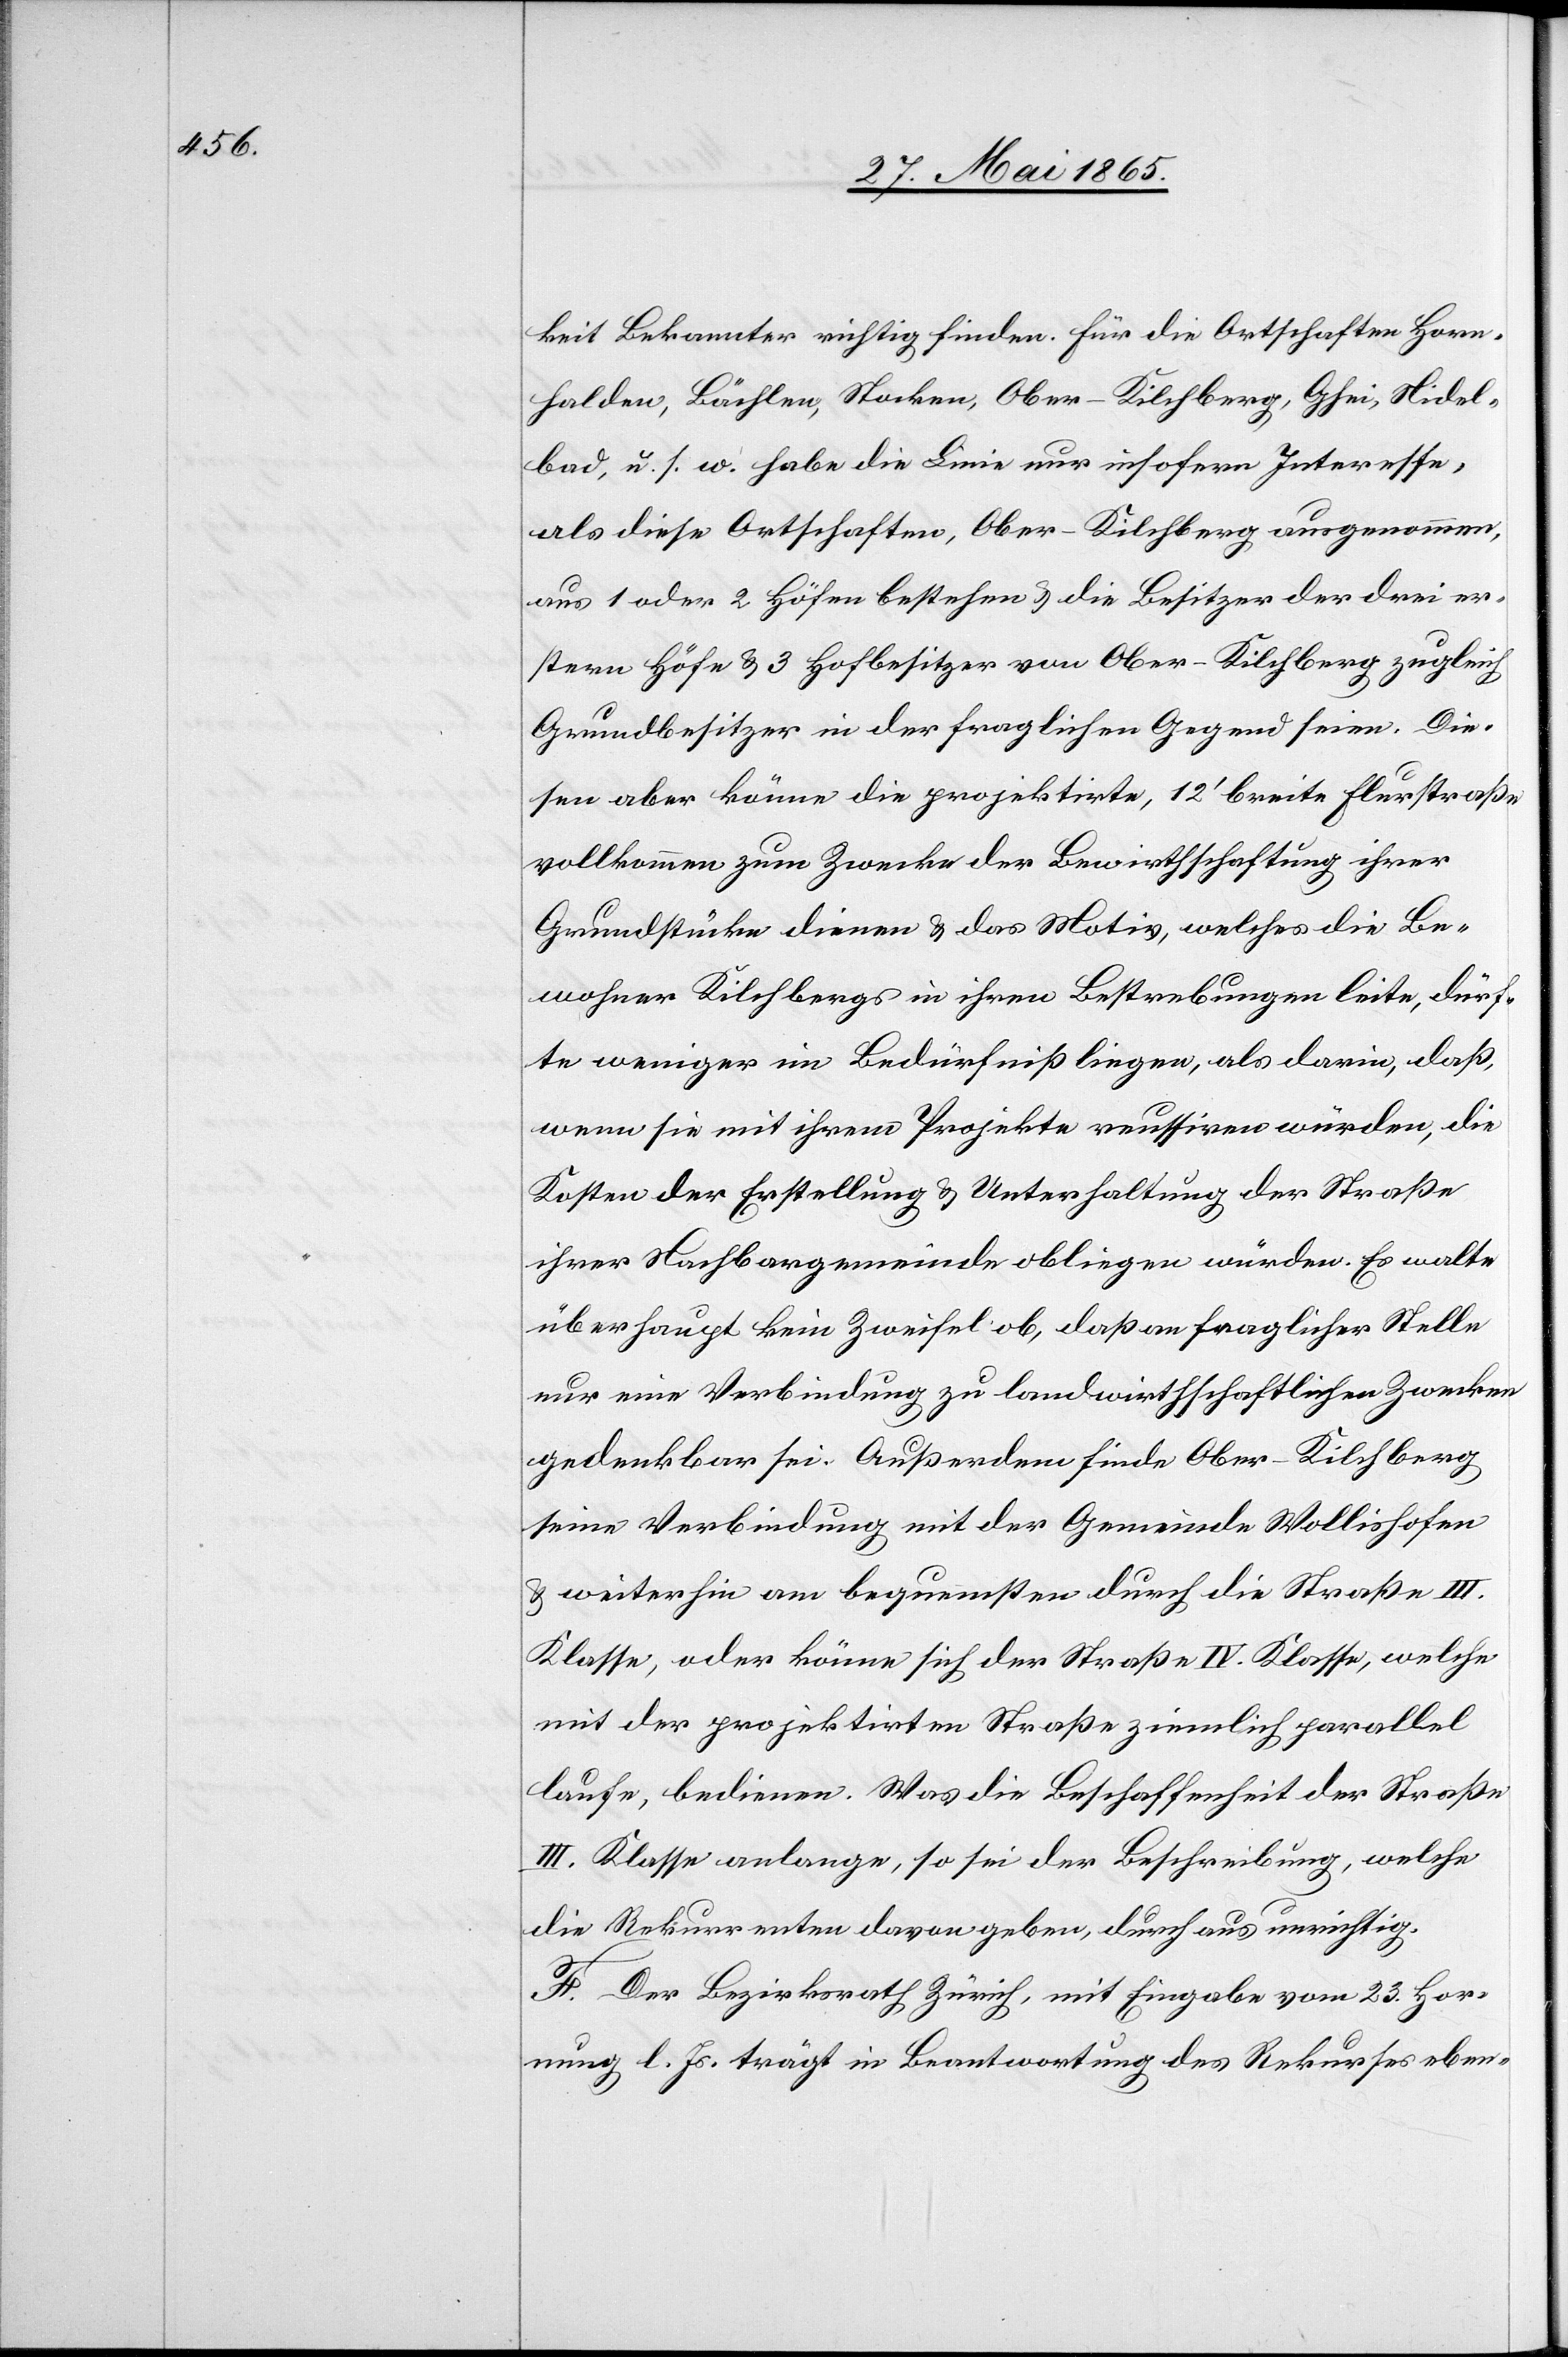
keit Bekannter richtig finden. Für die Ortschaften Horn¬
halden, Bächlen, Stocken, Ober-Kilchberg, Ghei, Nidel¬
bad, u. s. w. habe die Linie nur insofern Interesse,
als diese Ortschaften, Ober-Kilchberg ausgenommen,
aus 1 oder 2 Höfen bestehen & die Besitzer der drei er¬
stern Höfe & 3 Hofbesitzer von Ober-Kilchberg zugleich
Grundbesitzer in der fraglichen Gegend seien. Die¬
sen aber könne die projektirte, 12’ breite Flurstraße
vollkommen zum Zwecke der Bewirthschaftung ihrer
Grundstücke dienen & das Motiv, welches die Be¬
wohner Kilchbergs in ihren Bestrebungen leite, dürf¬
te weniger im Bedürfniß liegen, als darin, daß,
wenn sie mit ihrem Projekte reussiren würden, die
Kosten der Erstellung & Unterhaltung der Straße
ihrer Nachbargemeinde obliegen würden. Es walte
überhaupt kein Zweifel ob, daß an fraglicher Stelle
nur eine Verbindung zu landwirthschaftlichen Zwecken
gedenkbar sei. Außerdem finde Ober-Kilchberg
seine Verbindung mit der Gemeinde Wollishofen
& weiterhin am bequemsten durch die Straße III.
Klasse, oder könne sich der Straße IV. Klasse, welche
mit der projektirten Straße ziemlich parallel
laufe, bedienen. Was die Beschaffenheit der Straße
III. Klasse anlange, so sei der Beschreibung, welche
die Rekurrenten davon geben, durchaus unrichtig.
F. Der Bezirksrath Zürich, mit Eingabe vom 23. Hor¬
nung l. Js. trägt in Beantwortung des Rekurses eben-